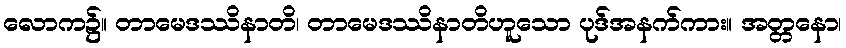
လောက၌။ တာမေဒဿိနာတိ၊ တာမေဒဿိနာတိဟူသော ပုဒ်အနက်ကား။ အတ္တနော၊